65_HS1-834228961_62-HQ-83894_Section_5
Agency: FBI
Page 122
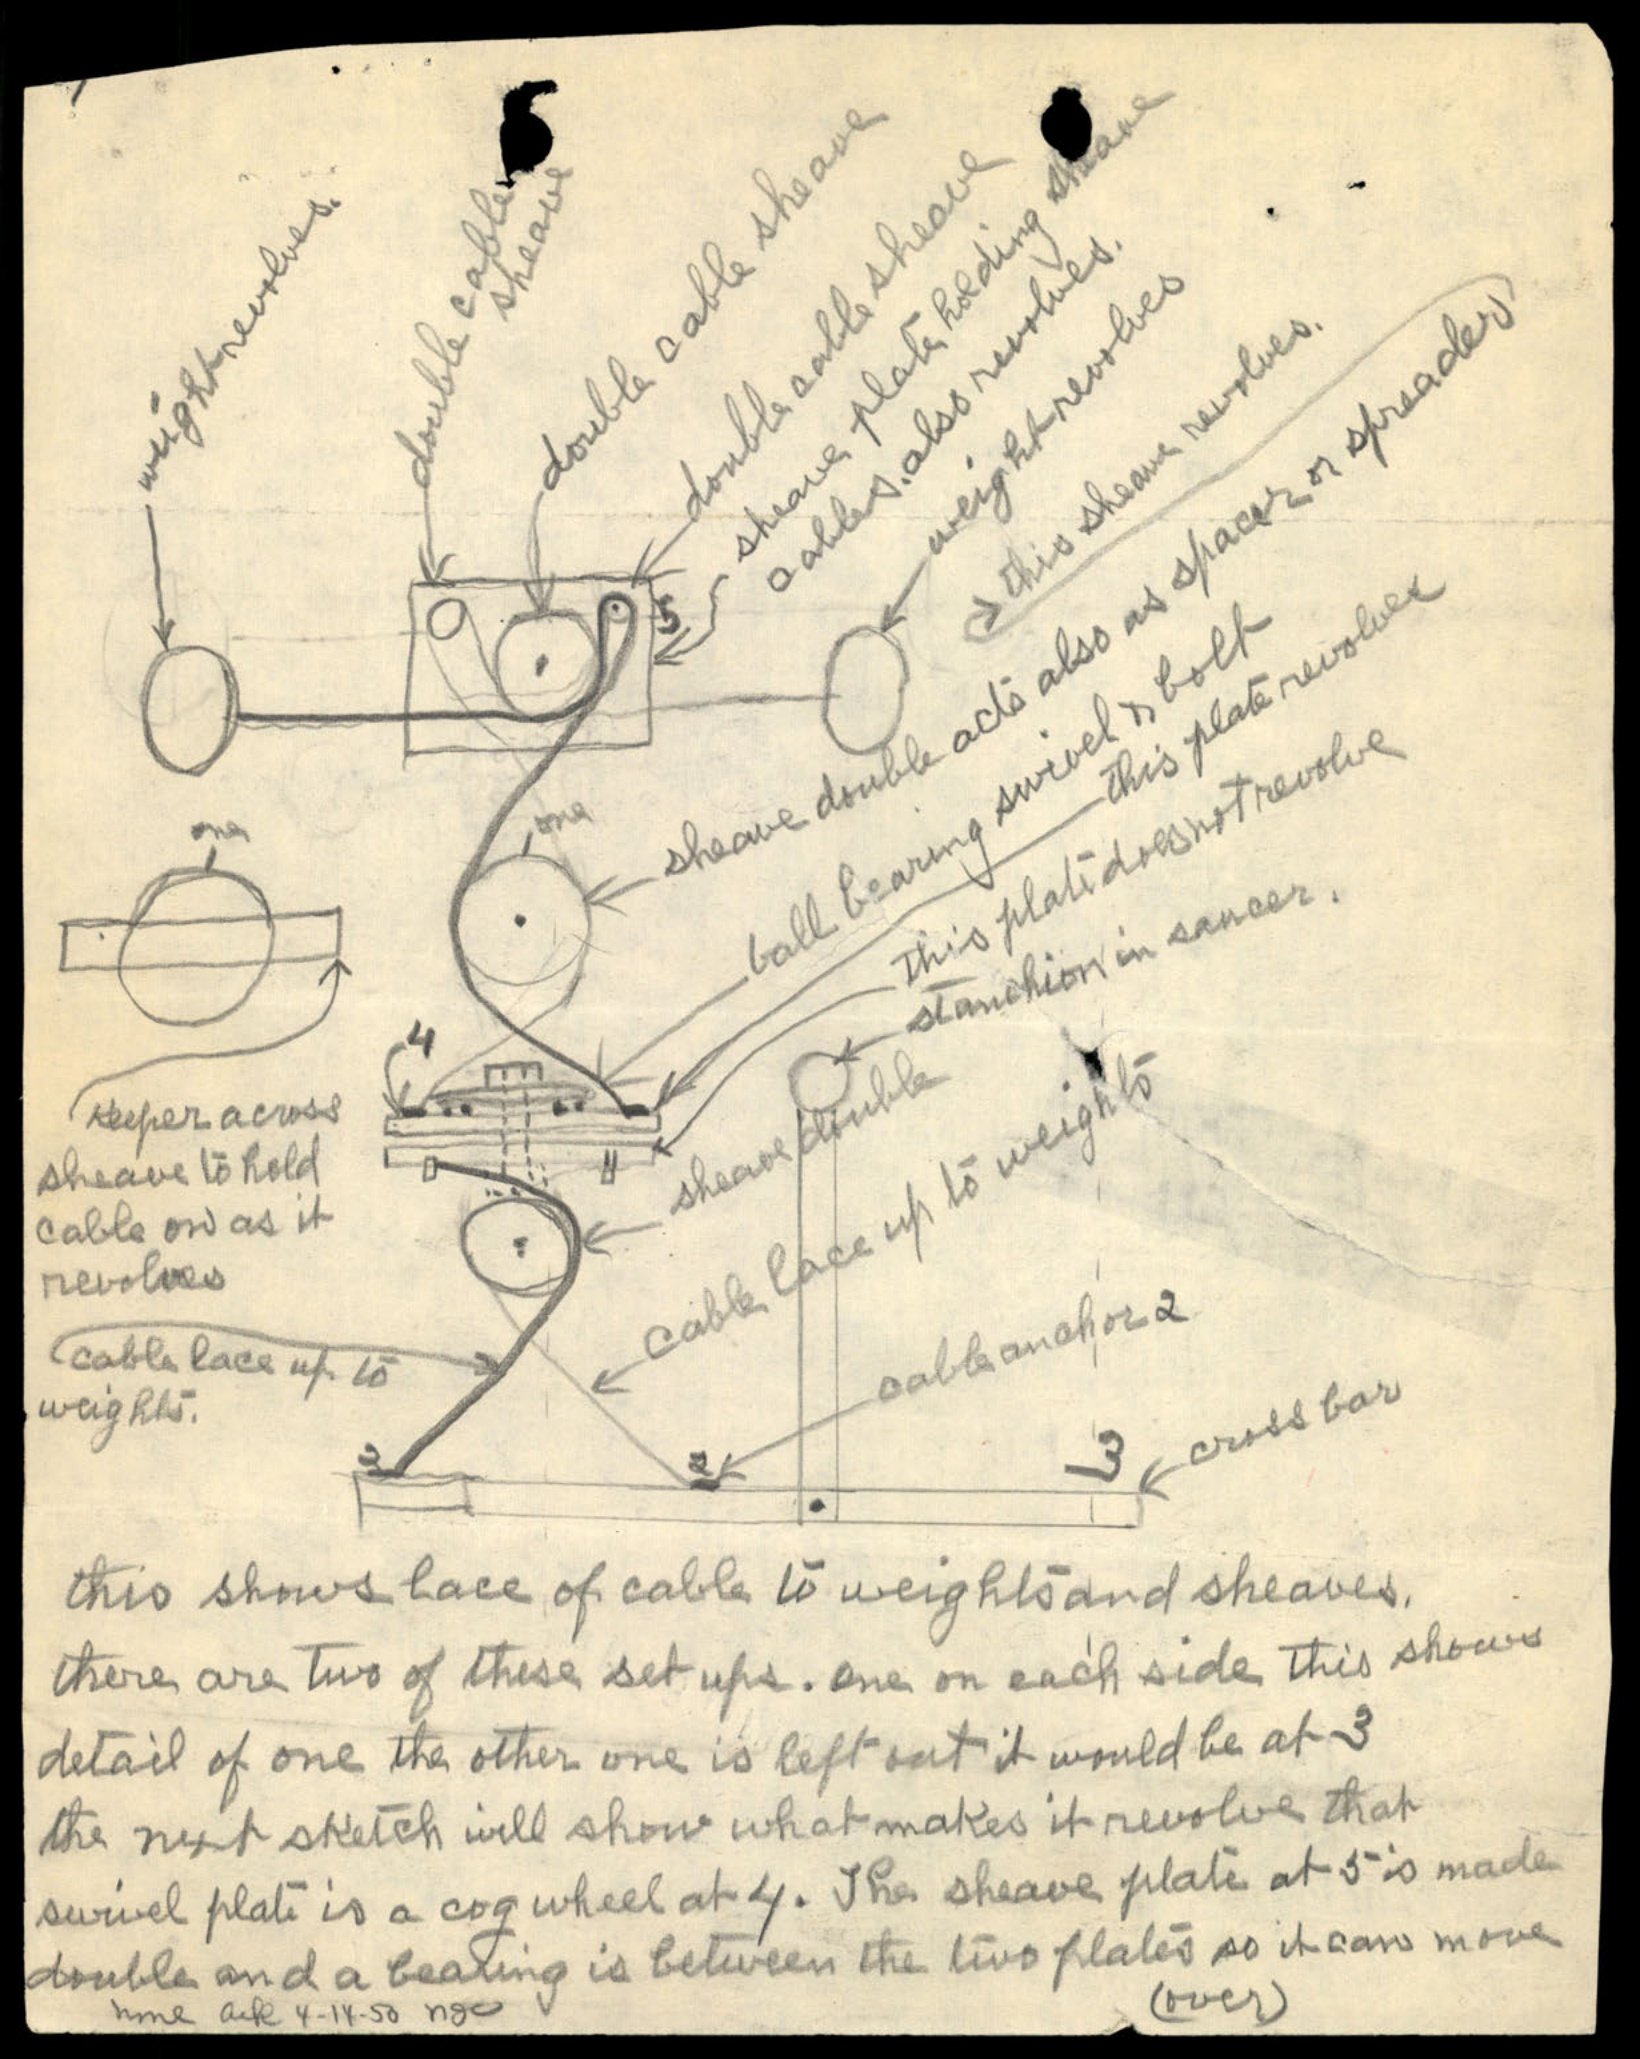